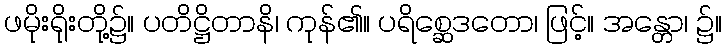
ဖမိုးရိုးတို့၌။ ပတိဋ္ဌိတာနိ၊ ကုန်၏။ ပရိစ္ဆေဒတော၊ ဖြင့်။ အန္တော၊ ၌။